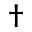
^ \dagger